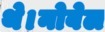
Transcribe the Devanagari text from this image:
थे।नोबेल